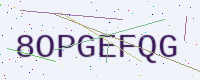
Text: 8OPGEFQG